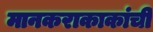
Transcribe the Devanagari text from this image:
मानकराकाकांची